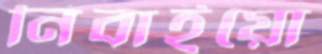
নিবাইয়ো